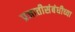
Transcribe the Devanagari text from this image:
प्रजातीसंबंधीच्या